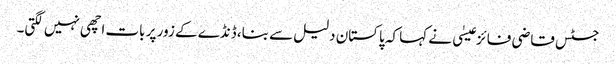
جسٹس قاضی فائز عیسٰی نے کہا کہ پاکستان دلیل سے بنا، ڈنڈے کے زور پر بات اچھی نہیں لگتی۔